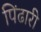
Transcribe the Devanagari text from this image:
पिंढारी